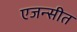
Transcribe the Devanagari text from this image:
एजन्सीत